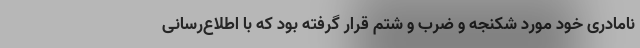
نامادری خود مورد شکنجه و ضرب و شتم قرار گرفته بود که با اطلاع‌رسانی